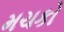
મચકો